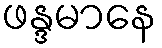
ဖန္ဒမာနေ